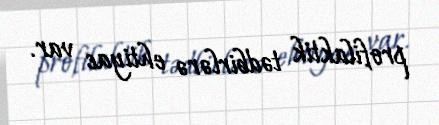
profilaktik tədbirlərə ehtiyac var.